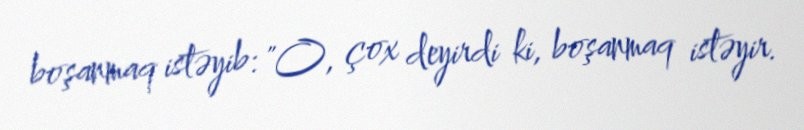
boşanmaq istəyib: "O, çox deyirdi ki, boşanmaq istəyir.